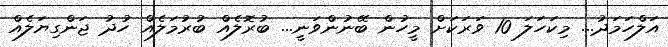
އަލްހަމަދު... މިކަހަލަ 10 ވަރަކަށް މީހުން ބޭނުންވަނީ... ބުރޮލެއް ބުރުމަލެއް ހުދު ޖަންގިޔަލެއް